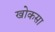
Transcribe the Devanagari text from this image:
खोकसा